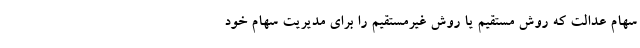
سهام عدالت که روش مستقیم یا روش غیرمستقیم را برای مدیریت سهام خود